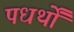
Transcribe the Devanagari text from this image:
पधर्थों